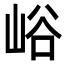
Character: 峪